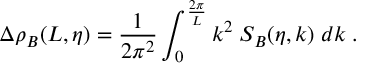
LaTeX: \Delta \rho _ { B } ( L , \eta ) = \frac { 1 } { 2 \pi ^ { 2 } } \int _ { 0 } ^ { \frac { 2 \pi } { L } } k ^ { 2 } \; S _ { B } ( \eta , k ) \; d k \; .